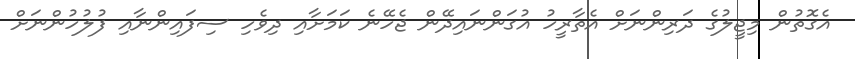
އެގޮތުން މިޖީލުގެ ދަރިންނަށް އެތާރީހު އުގަންނައިދޭން ޖެހޭނެ ކަމަށާއި ދިވެހި ސިފައިންނާއި ފުލުހުންނަށް